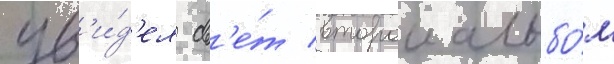
ув'и́д'ел св'е́т второи альбо́м